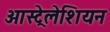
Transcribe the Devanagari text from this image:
आस्ट्रेलेशियन